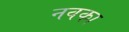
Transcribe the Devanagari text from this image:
नवका